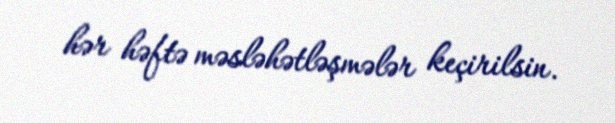
hər həftə məsləhətləşmələr keçirilsin.